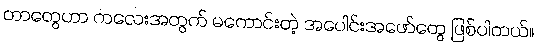
တာတွေဟာ ကလေးအတွက် မကောင်းတဲ့ အပေါင်းအဖော်တွေ ဖြစ်ပါတယ်။